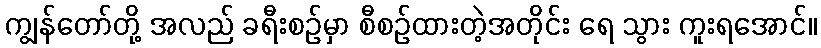
ကျွန်တော်တို့ အလည် ခရီးစဉ်မှာ စီစဉ်ထားတဲ့အတိုင်း ရေ သွား ကူးရအောင်။